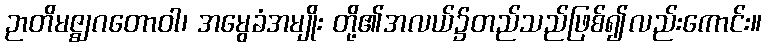
ဉာတိမဇ္ဈဂတောဝါ၊ အမွေခံအမျိုး တို့၏အလယ်၌တည်သည်ဖြစ်၍လည်းကောင်း။